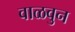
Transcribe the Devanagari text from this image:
वाळवुन